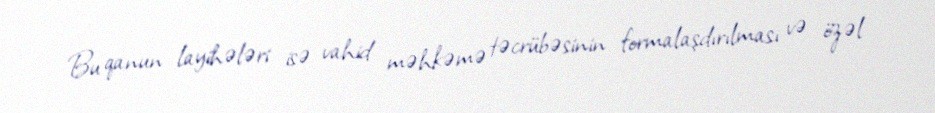
Bu qanun layihələri isə vahid məhkəmə təcrübəsinin formalaşdırılması və özəl